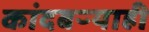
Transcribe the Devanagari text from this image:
कांदबऱ्याही